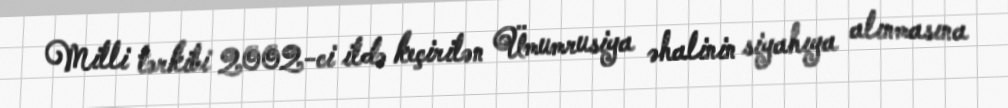
Milli tərkibi 2002-ci ildə keçirilən Ümumrusiya əhalinin siyahıya alınmasına